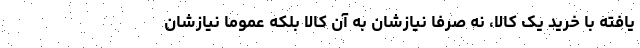
یافته با خرید یک کالا، نه صرفا نیازشان به آن کالا بلکه عموما نیازشان